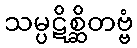
သမ္ပဋိစ္ဆိတဗ္ဗံ